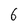
Character: 6